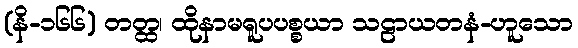
(နိ-၁၆၆) တတ္ထ၊ ထိုနာမရူပပစ္စယာ သဠာယတနံ-ဟူသော